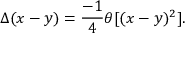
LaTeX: \Delta ( x - y ) = \frac { - 1 } { 4 } \theta [ ( x - y ) ^ { 2 } ] .